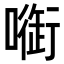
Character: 𠾑